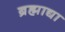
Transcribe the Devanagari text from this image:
ब्रह्माद्या